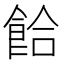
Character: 餄